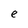
Character: e